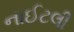
નાઈટલી